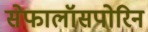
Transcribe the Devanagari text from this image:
सेफालॉसपोरिन